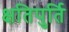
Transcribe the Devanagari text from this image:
क्षतिपुर्ति